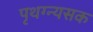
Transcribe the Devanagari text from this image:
पृथग्न्यसक